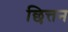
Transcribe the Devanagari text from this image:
छित्तन